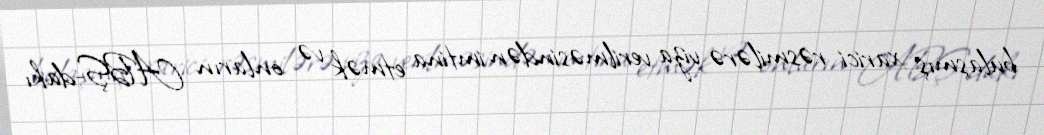
bulaşmış xarici rəsmilərə viza verilməsindən imtina etmək və onların ABŞ-dakı